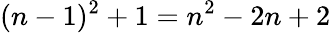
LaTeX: (n-1)^{2}+1=n^{2}-2n+2